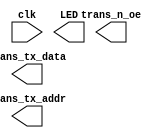
module top (
	input           clk,
    output [7:0]    LED,
`ifdef TEST_INPUT
    input  [7:0]    data,
    input  [14:0]   addr,
    input          sram_n_write,
    input          sram_n_oe,
    input          sram_n_ce,
`elsif TEST_OUTPUT
    output  [7:0]    data,
    output  [14:0]   addr,
    output          sram_n_write,
    output          sram_n_oe,
    output          sram_n_ce,
`endif
    // these 3 control the tranceivers
    output          trans_tx_data,
    output          trans_tx_addr,
    output          trans_n_oe

);

    always @(posedge clk)
        reset <= 0;

    reg reset = 1;

    `ifdef TEST_OUTPUT

    assign LED = data;

    assign trans_n_oe = 0; // turn on tranceivers
    assign trans_tx_data = 1; // transmit on data transceiver
    assign trans_tx_addr = 1; // transmit on addr transceiver

    reg [7:0] data_shift = 1'b1;
    reg [2:0] ctrl_shift = 1'b1;
    reg [14:0] addr_shift = 1'b1;


    assign data = data_shift; // cycle data pins
    assign addr = addr_shift; // cycle addr pins
    assign {sram_n_write, sram_n_oe, sram_n_ce } = ctrl_shift; // cycle ctrl pins

    reg [18:0] counter;
    always @(posedge clk) begin
        counter <= counter + 1;
        if(&counter) begin
            data_shift <= {data_shift[6:0], data_shift[7]};
            addr_shift <= {addr_shift[13:0], addr_shift[7]};
            ctrl_shift <= {ctrl_shift[1:0], ctrl_shift[2]};
        end
    end
    

//    `ifndef DEBUG
/* doesn't work - don't know why

    wire [7:0] sram_data_read;
    wire [7:0] sram_data_write;
    wire [14:0] sram_addr_read;
    wire [14:0] sram_addr_write;

    wire sram_data_pins_oe = 1;
    wire sram_addr_pins_oe = 1;

    SB_IO #(
        .PIN_TYPE(6'b 1010_01),
    ) data_pins [7:0] (
        .PACKAGE_PIN(data),
        .OUTPUT_ENABLE(sram_data_pins_oe),
        .D_OUT_0(sram_data_write),
        .D_IN_0(sram_data_read),
    );

    SB_IO #(
        .PIN_TYPE(6'b 1010_01),
    ) addr_pins [14:0] (
        .PACKAGE_PIN(addr),
        .OUTPUT_ENABLE(sram_addr_pins_oe),
        .D_OUT_0(sram_addr_write),
        .D_IN_0(sram_addr_read),
    );
    */

 //   `endif

    `endif

    `ifdef TEST_INPUT
    assign trans_n_oe = 0; // turn on tranceivers
    assign trans_tx_data = 0; // receive on data transceiver
    assign trans_tx_addr = 0; // receive on addr transceiver

//    assign LED = data[7:0];
    assign LED = addr[7:0];
//    assign LED = addr[14:8];
    //assign LED = data[7:0]; // { sram_n_write, sram_n_oe, sram_n_ce };
    `endif



endmodule